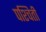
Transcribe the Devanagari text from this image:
पश्चिती